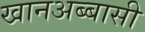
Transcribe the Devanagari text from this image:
खानअब्बासी